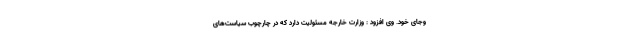
وجای خود. وی افزود : وزارت خارجه مسئولیت دارد که در چارچوب سیاست‌های